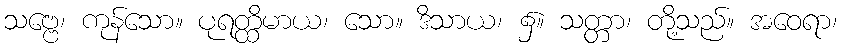
သဗ္ဗေ၊ ကုန်သော။ ပုရတ္ထိမာယ၊ သော။ ဒိသာယ၊ ၌။ သတ္တာ၊ တို့သည်။ အဝေရာ၊